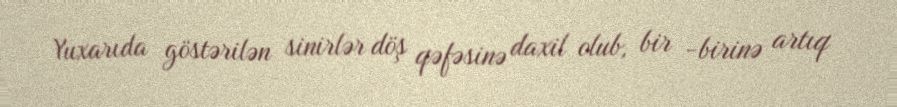
Yuxarıda göstərilən sinirlər döş qəfəsinə daxil olub, bir -birinə artıq